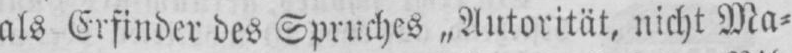
als Erfinder des Spruches „Autorität, nicht Ma⸗